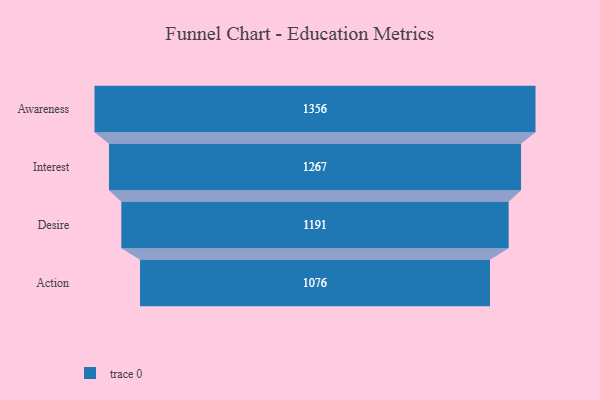
{"axis": {"x": "Stage", "y": "Value"}, "legend": [""], "data": [{"x": "Awareness", "y": 1356.0, "type": ""}, {"x": "Interest", "y": 1267.0, "type": ""}, {"x": "Desire", "y": 1191.0, "type": ""}, {"x": "Action", "y": 1076.0, "type": ""}]}